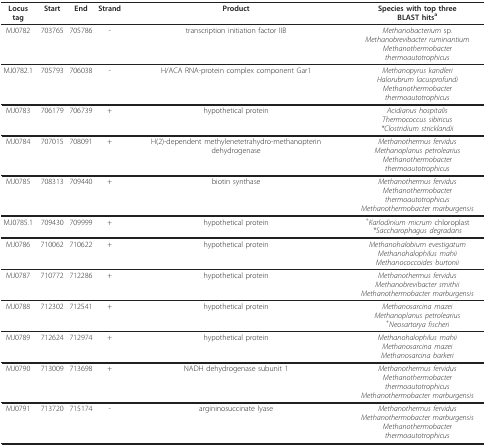
<table><thead><tr><td><b>Locus tag</b></td><td><b>Start</b></td><td><b>End</b></td><td><b>Strand</b></td><td><b>Product</b></td><td><b>Species with top threeBLAST hits<sup>a</sup></b></td></tr></thead><tbody><tr><td>MJ0782</td><td>703765</td><td>705786</td><td>-</td><td>transcription initiation factor IIB</td><td><i>Methanobacterium </i>sp.<i>Methanobrevibacter ruminantium</i><i>Methanothermobacter thermoautotrophicus</i></td></tr><tr><td>MJ0782.1</td><td>705793</td><td>706038</td><td>-</td><td>H/ACA RNA-protein complex component Gar1</td><td><i>Methanopyrus kandleri</i><i>Halorubrum lacusprofundi</i><i>Methanothermobacter thermoautotrophicus</i></td></tr><tr><td>MJ0783</td><td>706179</td><td>706739</td><td>+</td><td>hypothetical protein</td><td><i>Acidianus hospitalis</i><i>Thermococcus sibiricus</i><i>*Clostridium stricklandii</i></td></tr><tr><td>MJ0784</td><td>707015</td><td>708091</td><td>+</td><td>H(2)-dependent methylenetetrahydro-methanopterin dehydrogenase</td><td><i>Methanothermus fervidus</i><i>Methanoplanus petrolearius</i><i>Methanothermobacter thermoautotrophicus</i></td></tr><tr><td>MJ0785</td><td>708313</td><td>709440</td><td>+</td><td>biotin synthase</td><td><i>Methanothermus fervidus</i><i>Methanothermobacter thermoautotrophicus</i><i>Methanothermobacter marburgensis</i></td></tr><tr><td>MJ0785.1</td><td>709430</td><td>709999</td><td>+</td><td>hypothetical protein</td><td><i><sup>+</sup>Karlodinium micrum </i>chloroplast<i>*Saccharophagus degradans</i></td></tr><tr><td>MJ0786</td><td>710062</td><td>710622</td><td>+</td><td>hypothetical protein</td><td><i>Methanohalobium evestigatum</i><i>Methanohalophilus mahii</i><i>Methanococcoides burtonii</i></td></tr><tr><td>MJ0787</td><td>710772</td><td>712286</td><td>+</td><td>hypothetical protein</td><td><i>Methanothermus fervidus</i><i>Methanobrevibacter smithii</i><i>Methanothermobacter marburgensis</i></td></tr><tr><td>MJ0788</td><td>712302</td><td>712541</td><td>+</td><td>hypothetical protein</td><td><i>Methanosarcina mazei</i><i>Methanoplanus petrolearius</i><i><sup>+</sup>Neosartorya fischeri</i></td></tr><tr><td>MJ0789</td><td>712624</td><td>712974</td><td>+</td><td>hypothetical protein</td><td><i>Methanohalophilus mahii</i><i>Methanosarcina mazei</i><i>Methanosarcina barkeri</i></td></tr><tr><td>MJ0790</td><td>713009</td><td>713698</td><td>+</td><td>NADH dehydrogenase subunit 1</td><td><i>Methanothermus fervidus</i><i>Methanothermobacter thermoautotrophicus</i><i>Methanothermobacter marburgensis</i></td></tr><tr><td>MJ0791</td><td>713720</td><td>715174</td><td>-</td><td>argininosuccinate lyase</td><td><i>Methanothermus fervidus</i><i>Methanothermobacter marburgensis</i><i>Methanothermobacter thermoautotrophicus</i></td></tr></tbody></table>